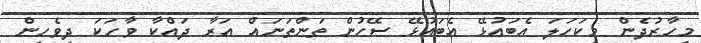
މިހާރުދެން މިކަހަލަ އެބައުޅޭ އެބައުޅޭ ސޭހުން ތަންތަނައް އަރާ ދައްކާ ވާހަކަ ދިވެހިން